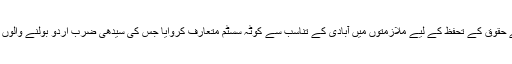
بھٹو صاحب نے ناخواندہ سندھیوں کے حقوق کے تحفظ کے لیے ملازمتوں میں آبادی کے تناسب سے کوٹہ سسٹم متعارف کروایا جس کی سیدھی ضرب اردو بولنے والوں پر پڑی کیوں کہ ان کی آبادی کم تھی۔